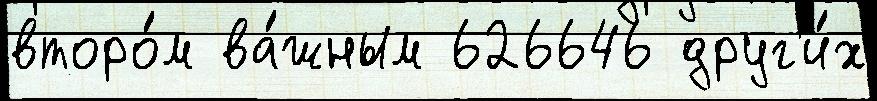
второ́м ва́жным 626646 друг'и́х